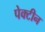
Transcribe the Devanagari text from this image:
पेक्टीन